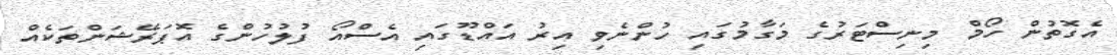
އެގޮތުން ހޯމް މިނިސްޓަރުގެ މަގާމުގައި ހުންނެވި އިރު އައްޑޫގައި އެސްއޯ ފުލުހުންގެ އޮޕަރޭޝަންތަކެއް